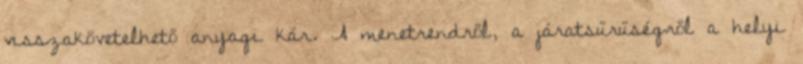
visszakövetelhető anyagi kár. A menetrendről, a járatsűrűségről a helyi